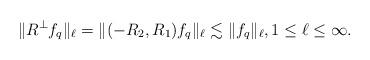
LaTeX: \begin{align*} \|R^\perp f_q\|_\ell =\|(-R_2,R_1)f_q\|_\ell \lesssim \|f_q\|_\ell, 1\leq \ell \leq \infty.\end{align*}